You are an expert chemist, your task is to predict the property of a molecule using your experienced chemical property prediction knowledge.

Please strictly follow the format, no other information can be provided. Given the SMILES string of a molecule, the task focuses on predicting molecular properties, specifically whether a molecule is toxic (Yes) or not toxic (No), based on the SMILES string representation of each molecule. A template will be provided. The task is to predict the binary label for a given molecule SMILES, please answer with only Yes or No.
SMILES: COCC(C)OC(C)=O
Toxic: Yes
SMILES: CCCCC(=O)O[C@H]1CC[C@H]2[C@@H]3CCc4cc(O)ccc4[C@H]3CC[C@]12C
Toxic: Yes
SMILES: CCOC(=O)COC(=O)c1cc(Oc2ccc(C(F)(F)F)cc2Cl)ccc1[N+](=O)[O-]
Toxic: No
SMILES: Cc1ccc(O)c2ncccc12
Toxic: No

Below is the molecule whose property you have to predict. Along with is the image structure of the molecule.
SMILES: Cc1cc(C(=O)O)c(C)n1-c1cccc(C(=O)O)c1.O=C1C[C@@H]2OCC=C3CN4CC[C@]56c7ccccc7N1[C@H]5[C@H]2[C@H]3C[C@H]46
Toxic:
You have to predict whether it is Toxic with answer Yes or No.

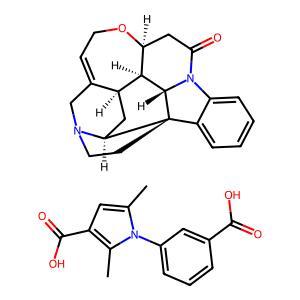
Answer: No